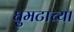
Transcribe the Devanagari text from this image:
घुमटाच्या